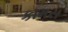
કામસ